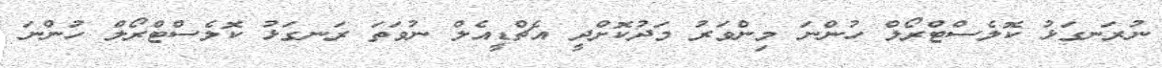
ނުރަނގަޅު ކޮލެސްޓްރޯލް ހުންނަ މިންވަރު މަދުކޮށްދީ އެޗްޑީއެލް ނުވަތަ ރަނގަޅު ކޮލެސްޓްރޯލް ހުންނަ